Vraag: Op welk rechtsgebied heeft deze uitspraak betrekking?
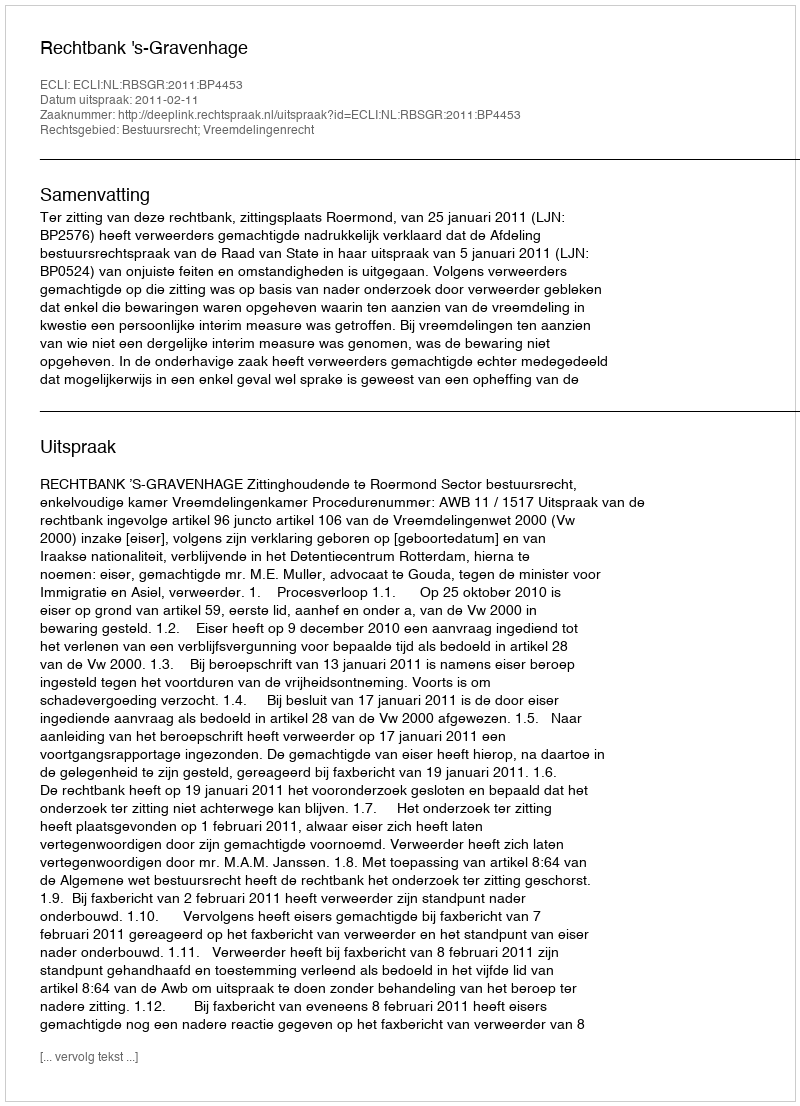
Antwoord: Bestuursrecht; Vreemdelingenrecht